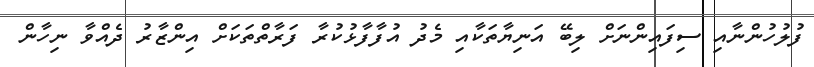
ފުލުހުންނާއި ސިފައިންނަށް ލިބޭ އަނިޔާތަކާއި މެދު އުފާފާޅުކުރާ ފަރާތްތަކަށް އިންޒާރު ދެއްވާ ނިހާން